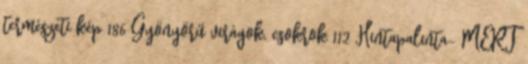
természeti kép 186 Gyönyörű virágok, csokrok 112 Hintapalinta- MERT